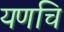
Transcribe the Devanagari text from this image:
यणचि